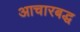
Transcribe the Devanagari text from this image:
आचारबद्ध